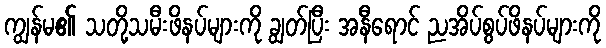
ကျွန်မ၏ သတို့သမီးဖိနပ်များကို ချွတ်ပြီး အနီရောင် ညအိပ်စွပ်ဖိနပ်များကို